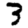
Digit: 3